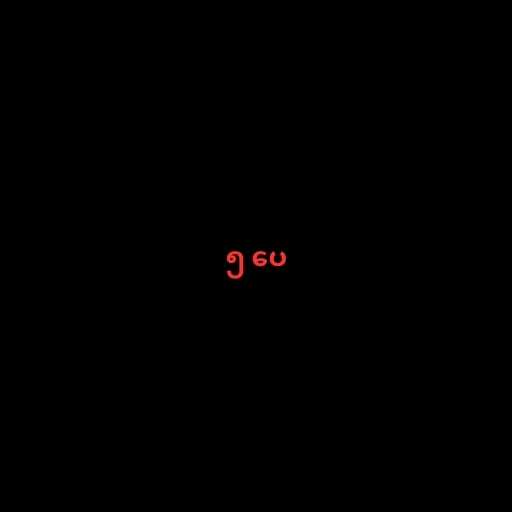
၅ ပေ